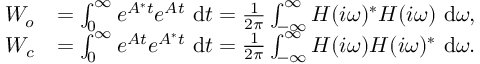
\begin{array} { r l } { \b { W _ { o } } } & { = \int _ { 0 } ^ { \infty } e ^ { \b { A } ^ { * } t } e ^ { \b { A } t } ~ \mathrm { d } t = \frac { 1 } { 2 \pi } \int _ { - \infty } ^ { \infty } \b { H } ( i \omega ) ^ { * } \b { H } ( i \omega ) ~ \mathrm { d } \omega , } \\ { \b { W _ { c } } } & { = \int _ { 0 } ^ { \infty } e ^ { \b { A } t } e ^ { \b { A } ^ { * } t } ~ \mathrm { d } t = \frac { 1 } { 2 \pi } \int _ { - \infty } ^ { \infty } \b { H } ( i \omega ) \b { H } ( i \omega ) ^ { * } ~ \mathrm { d } \omega . } \end{array}